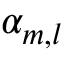
\alpha _ { m , l }